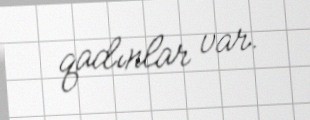
qadınlar var.